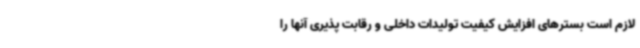
لازم است بسترهای افزایش کیفیت تولیدات داخلی و رقابت پذیری آنها را